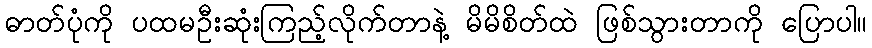
ဓာတ်ပုံကို ပထမဦးဆုံးကြည့်လိုက်တာနဲ့ မိမိစိတ်ထဲ ဖြစ်သွားတာကို ပြောပါ။